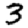
Digit: 3